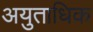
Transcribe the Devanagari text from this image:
अयुताधिक